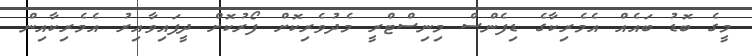
މީގެ ބޮޑު ބައެއް އެމެރިކާގެ ޑިފެންސް މިނިސްޓްރީ މެދުވެރިކޮށް ފޯރުކޮށް ދީފައިވާއިރު އެމެރިކާއިން